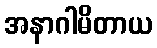
အနာဂါမိတာယ